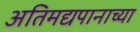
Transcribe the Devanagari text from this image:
अतिमद्यपानाच्या